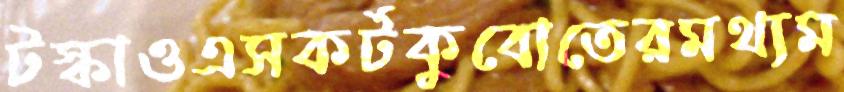
টস্‌কাওএসকর্টকুবোতেরমথ্যম